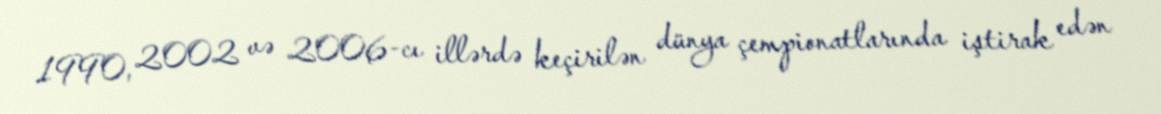
1990, 2002 və 2006-cı illərdə keçirilən dünya çempionatlarında iştirak edən